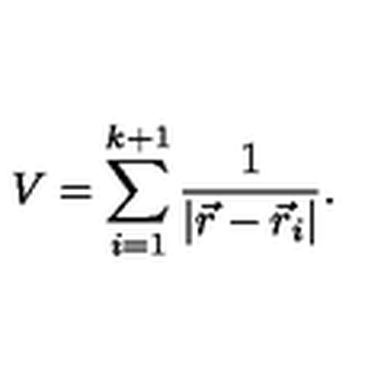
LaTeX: V = \sum _ { i = 1 } ^ { k + 1 } \frac { 1 } { | \vec { r } - \vec { r } _ { i } | } .